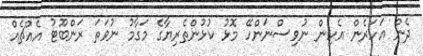
ދެން އަހަރެން އެހިން ނުވިސްނަންހޭ މޮޅު ކުޅުންތެރިޔާގެ މަގާމު ނުވަތަ ރަންބޫޓު އެއްޗެއް